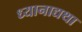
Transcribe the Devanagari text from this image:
ध्यानाद्यथा